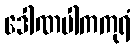
ဒေါဏပါကကုရံ